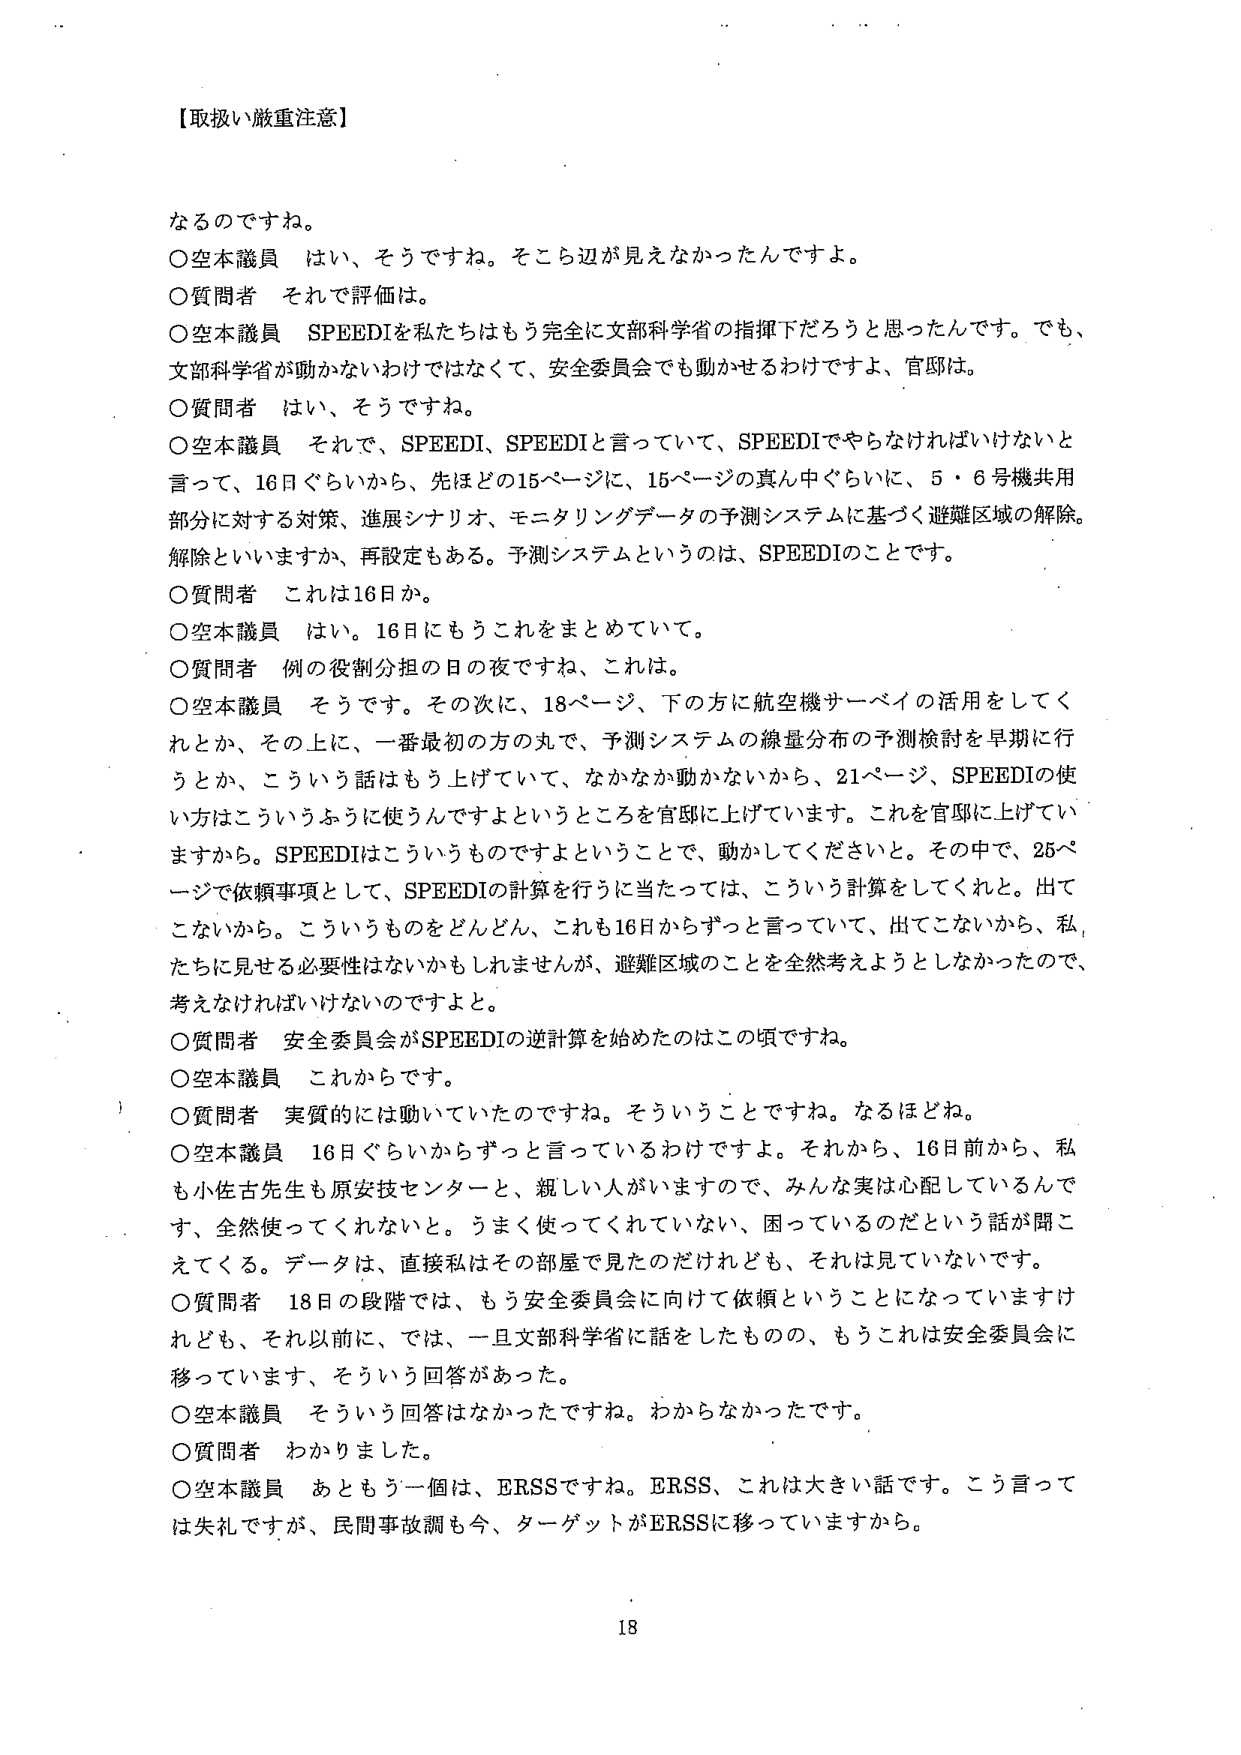
【取扱い厳重注意】

なるのですね。
○空本議員　はい、そうですね。そこら辺が見えなかったんですよ。
○質問者　それで評価は。
○空本議員　SPEEDIを私たちはもう完全に文部科学省の指揮下だろうと思ったんです。でも、文部科学省が動かないわけではなくて、安全委員会でも動かせるわけですよ、官邸は。
○質問者　はい、そうですよね。
○空本議員　それで、SPEEDI、SPEEDIと言っていて、SPEEDIでやらなければいけないと言って、16日ぐらいから、先ほどの15ページ、15ページの真ん中ぐらいに、5・6号機共用部分に対する対策、進展シナリオ、モニタリングデータの予測システムに基づく避難区域の解除、解除といいますか、再設定もある。予測システムというのは、SPEEDIのことです。
○質問者　これは16日か。
○空本議員　はい。16日にもうこれをまとめていて。
○質問者　例の役割分担の日の夜ですね、これは。
○空本議員　そうです。その次に、18ページ、下の方に航空機サーベイの活用をしてくれとか、その上に、一番最初の方の丸で、予測システムの線量分布の予測検討を早期に行うとか、こういう話はもう上げていて、なかなか動かないから、21ページ、SPEEDIの使い方はこういうふうに使うんですよというところを官邸に上げています。これを官邸に上げていますから。SPEEDIはこういうものですよということで、動かしてくださいと。その中で、25ページで依頼事項として、SPEEDIの計算を行うに当たっては、こういう計算をしてくれと。出てこないから。こういうものをどんどん、これも16日からずっと言っていて、出てこないから、私たちに見せる必要性はないかもしれませんが、避難区域のことを全然考えようとしなかったので、考えなければならないのですよと。
○質問者　安全委員会がSPEEDIの逆計算を始めたのはこの頃ですね。
○空本議員　これからです。
○質問者　実質的には動いていたのですね。そういうことですね。なるほどね。
○空本議員　16日ぐらいからずっと言っているわけですよ。それから、16日前から、私も小佐古先生も原安技センターと、親しい人がいますので、みんな実は心配しているんです、全然使ってくれないと。うまく使ってくれていない、困っているのだという話が聞こえてくる。データは、直接私はその部屋で見たのだけれども、それは見ていないです。
○質問者　18日の段階では、もう安全委員会に向けて依頼ということになっていますけれども、それ以前に、では、一旦文部科学省に話をしたもの、もうこれは安全委員会に移っています、そういう回答があった。
○空本議員　そういう回答はなかったですね。わからなかったです。
○質問者　わかりました。
○空本議員　あともう一個は、ERSSですね。ERSS、これは大きい話です。こう言っては失礼ですが、民間事故調も今、ターゲットがERSSに移っていますから。

18